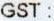
GST :